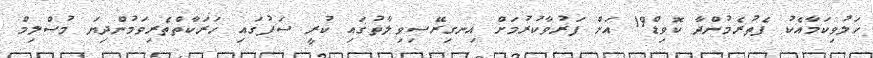
ހަލުވިކަމާއެކު ފެތުރެމުންދާ ކޮވިޑް19 އަށް ފަރުވާކުރުމަށް އިނގިރޭސިވިލާތުގައި ކުރީ ސަފުގައި ހަރަކާތްތެރިވަމުންދިޔަ މުސްލިމް